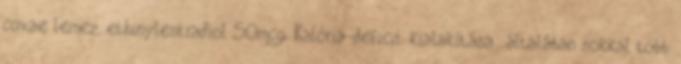
coxae lemez, ethinylestradiol 50mcg. Kalória-deficit kialakítása: általában sokkal több